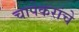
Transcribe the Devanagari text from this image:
चापेकरांचे